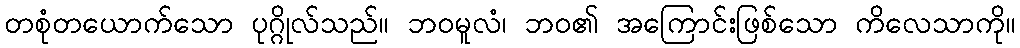
တစုံတယောက်သော ပုဂ္ဂိုလ်သည်။ ဘဝမူလံ၊ ဘဝ၏ အကြောင်းဖြစ်သော ကိလေသာကို။